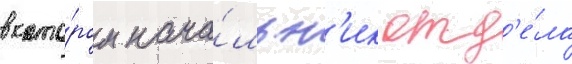
в кото́ром нача́льн'ик отд'е́ла